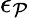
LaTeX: \epsilon_{\mathcal{P}}